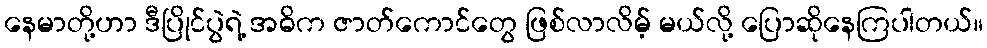
နေမာတို့ဟာ ဒီပြိုင်ပွဲရဲ့ အဓိက ဇာတ်ကောင်တွေ ဖြစ်လာလိမ့် မယ်လို့ ပြောဆိုနေကြပါတယ်။